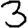
Digit: 3